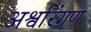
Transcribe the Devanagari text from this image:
अश्वरिंगण